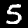
Label: 5